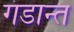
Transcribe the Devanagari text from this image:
गंडान्त